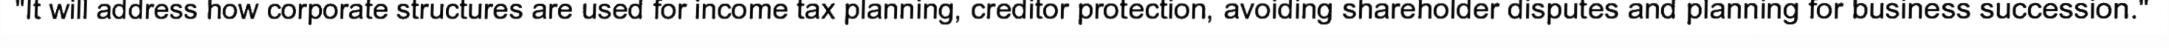
"It will address how corporate structures are used for income tax planning, creditor protection, avoiding shareholder disputes and planning for business succession."